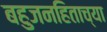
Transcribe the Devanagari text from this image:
बहुजनहिताच्या